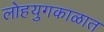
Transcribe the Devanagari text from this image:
लोहयुगकाळात